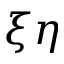
\xi \eta